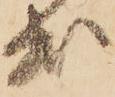
出